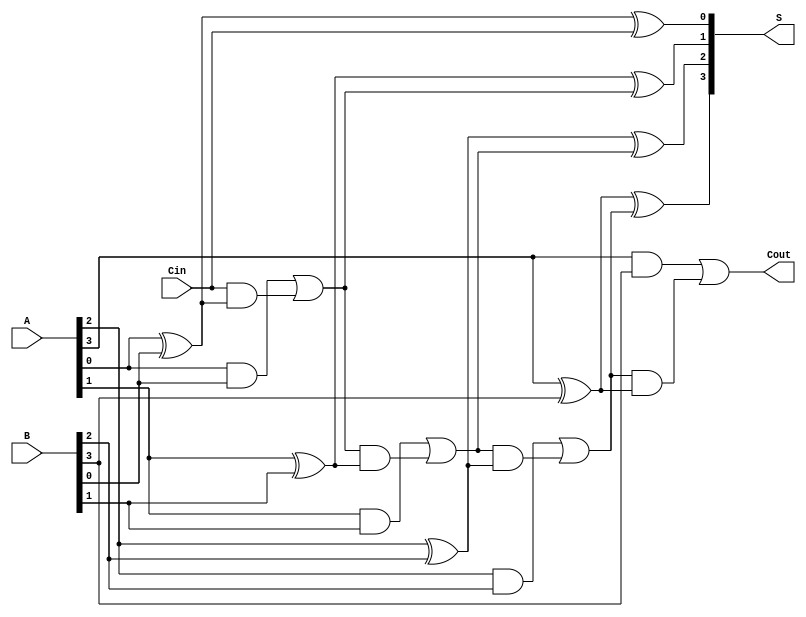
module ParallelFullAdder #(parameter n = 4) (
    input  [n-1:0] A,       // n-bit input A
    input  [n-1:0] B,       // n-bit input B
    input         Cin,      // Carry-in for the least significant bit
    output [n-1:0] S,       // n-bit sum output
    output        Cout       // Carry-out from the most significant bit
);

    // Internal wire to hold carry for each full adder
    wire [n:0] carry;       // carry[n] is the final Cout

    // Assign the initial carry-in to the first carry wire
    assign carry[0] = Cin;

    // Generate the full adder units
    genvar i;
    generate
        for (i = 0; i < n; i = i + 1) begin : full_adder
            // Sum output for each bit
            assign S[i] = A[i] ^ B[i] ^ carry[i];

            // Carry output for each bit
            assign carry[i + 1] = (A[i] & B[i]) | (carry[i] & (A[i] ^ B[i]));
        end
    endgenerate

    // Final carry-out is the carry from the last full adder
    assign Cout = carry[n];

endmodule